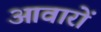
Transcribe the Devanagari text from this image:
आवारों